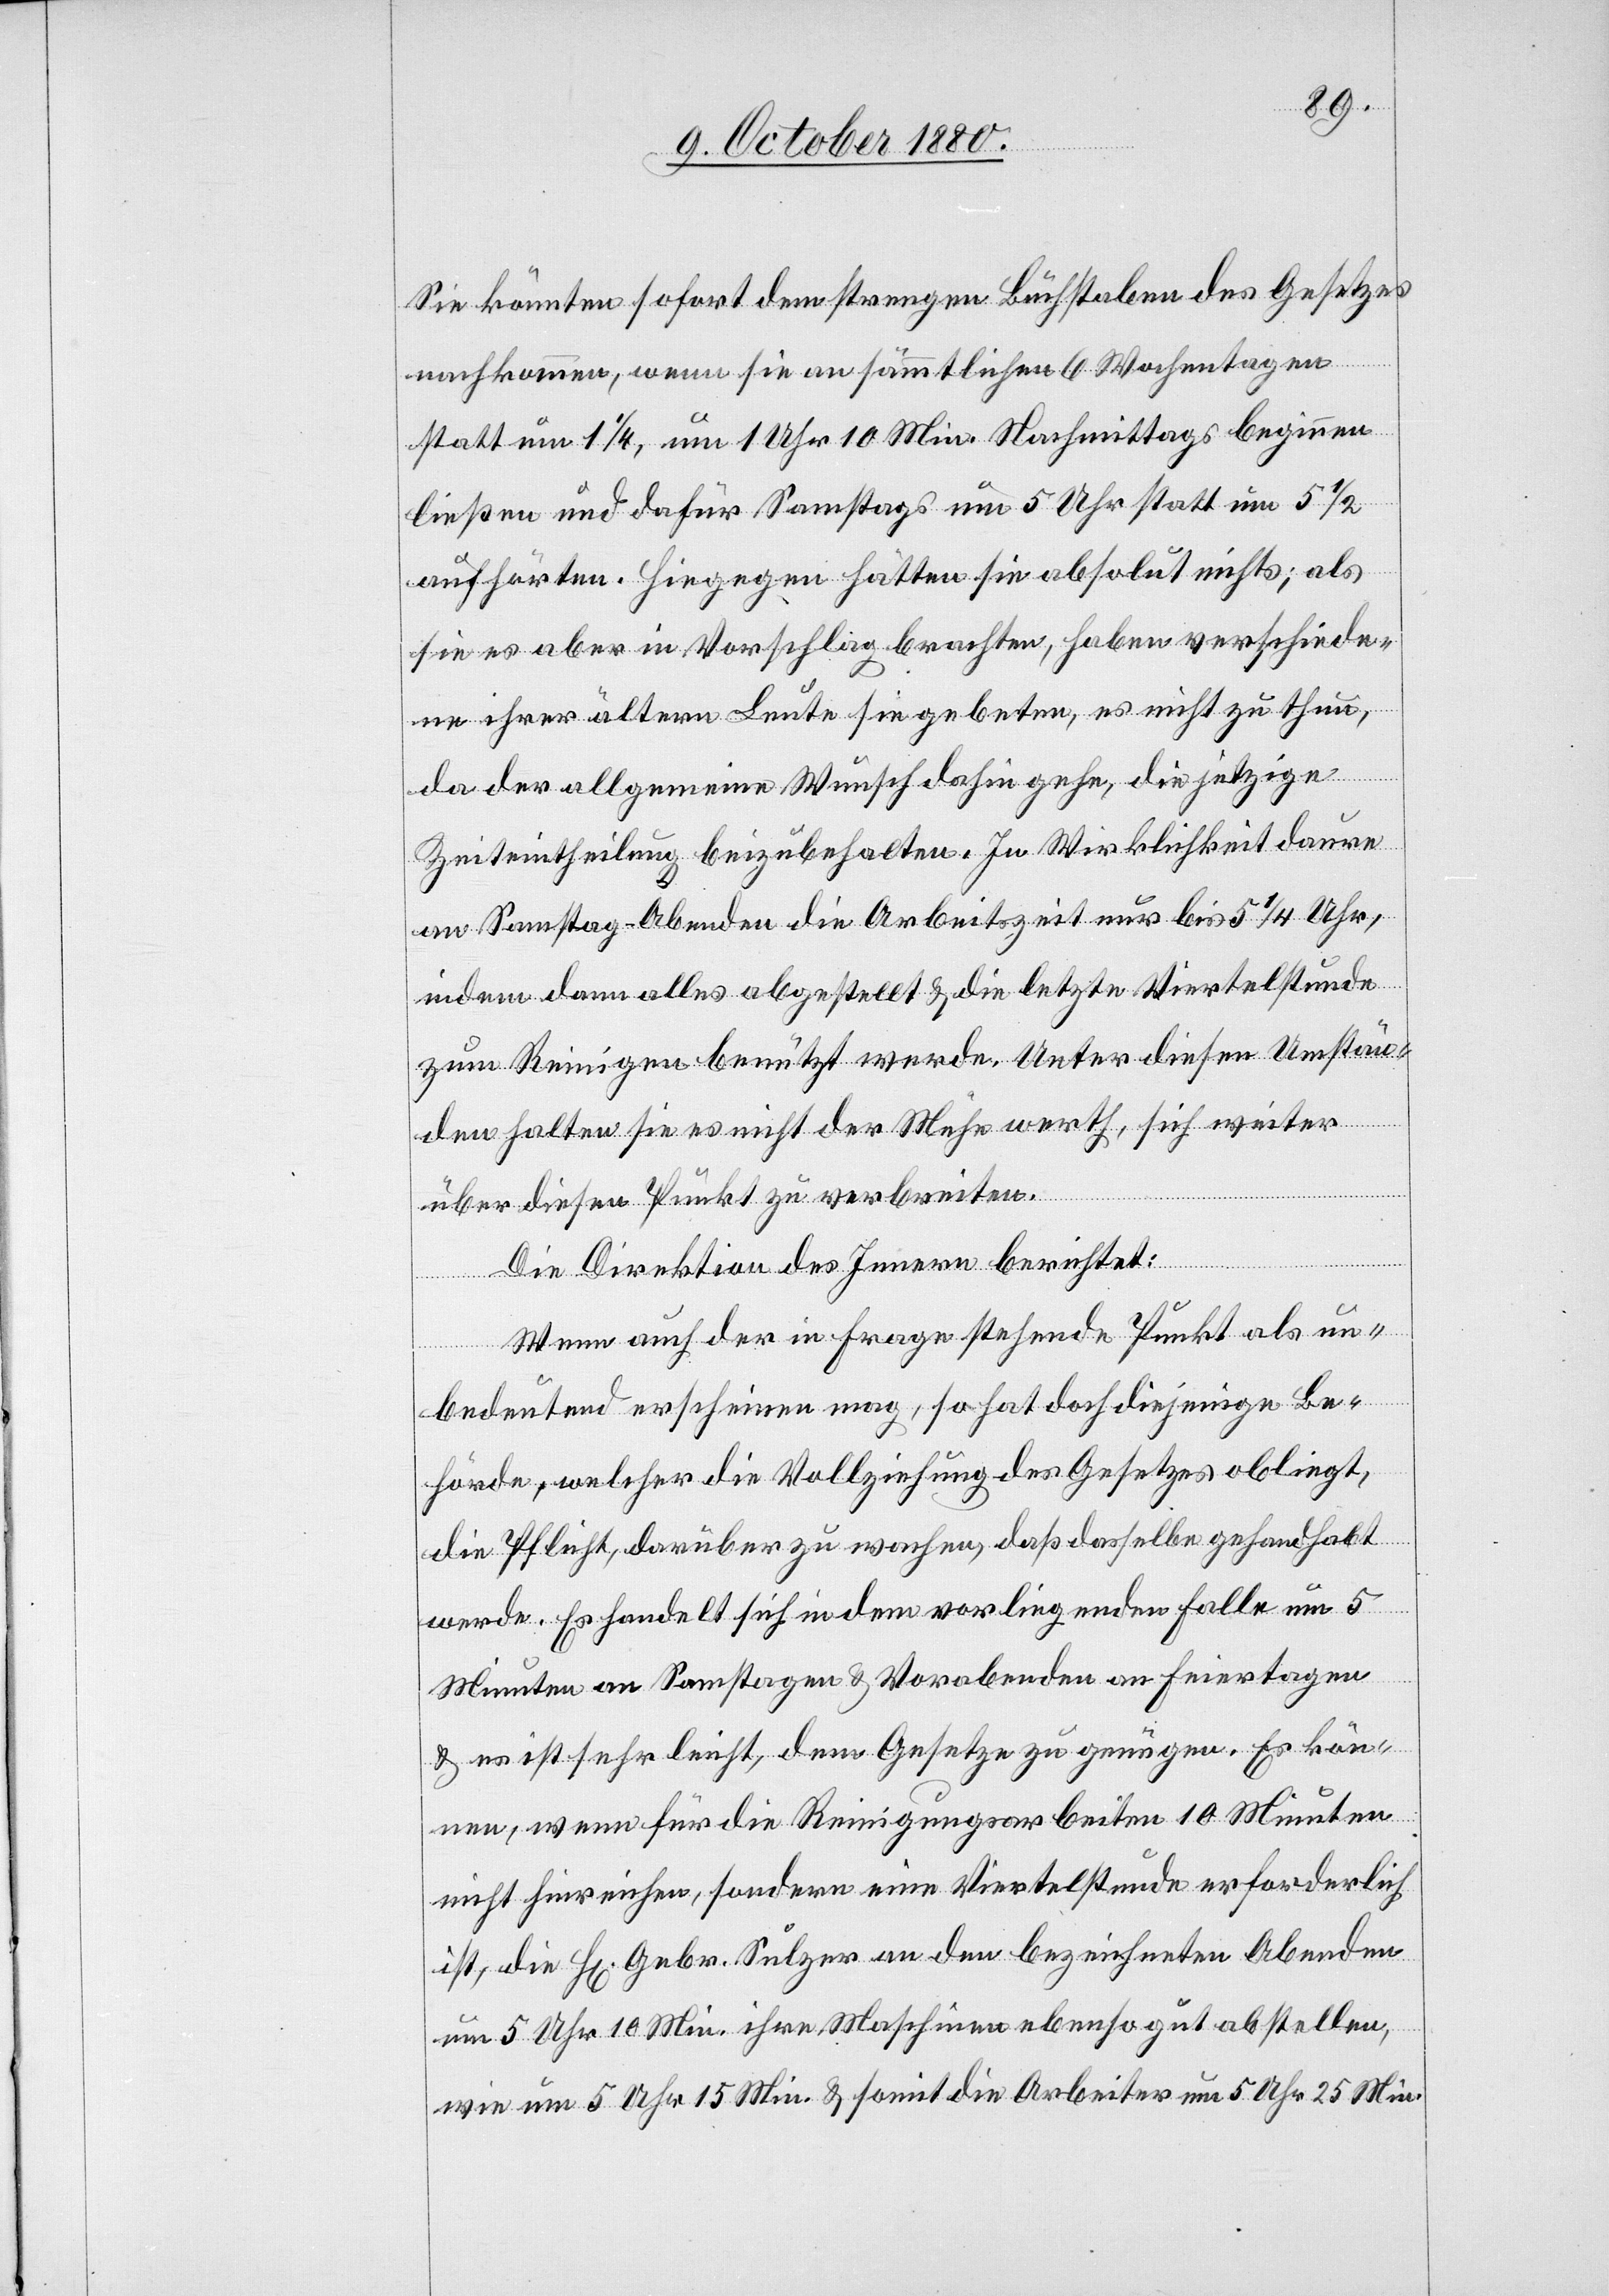
Sie könnten sofort dem strengen Buchstaben des Gesetzes
nachkommen, wenn sie an sämmtlichen 6 Wochentagen
statt um 1 1/4, um 1 Uhr 10 Min. Vormittags beginnen
ließen und dafür Samstags um 5 Uhr statt um 5 1/2
aufhörten. Hiegegen hätten sie absolut nichts; als
sie es aber in Vorschlag brachten, haben verschiede¬
ne ihrer ältern Leute sie gebeten, es nicht zu thun,
da der allgemeine Wunsch dahin gehe, die jetzige
Zeiteintheilung beizubehalten. In Wirklichkeit daure
an Samstag-Abenden die Arbeitszeit nur bis 5 1/4 Uhr,
indem dann alles abgestellt & die letzte Viertelstunde
zum Reinigen benützt werde. Unter diesen Umstän¬
den halten sie es nicht der Mühe werth, sich weiter
über diesen Punkt zu verbreiten.
Die Direktion des Innern berichtet:
Wenn auch der in Frage stehende Punkt als un¬
bedeutend erscheinen mag, so hat doch diejenige Be¬
hörde, welcher die Vollziehung des Gesetzes obliegt,
die Pflicht, darüber zu wachen, daß dasselbe gehandhabt
werde. es handelt sich in dem vorliegenden Falle um 5
Minuten an Samstagen & Vorabenden an Feiertagen
& ist sehr leicht, dem Gesetze zu genüge. Es kön¬
nen, wenn für die Reinigungsarbeiten 10 Minuten
nicht hinreichen, sondern eine Viertelstunde erforderlich
ist, die H[erren] Gebr. Sulzer an den bezeichneten Abenden
um 5 Uhr 10 Min. ihre Maschinen ebenso gut abstellen,
wie um 5 Uhr 15 Min. & somit die Arbeiter um 5 Uhr 25 Min.